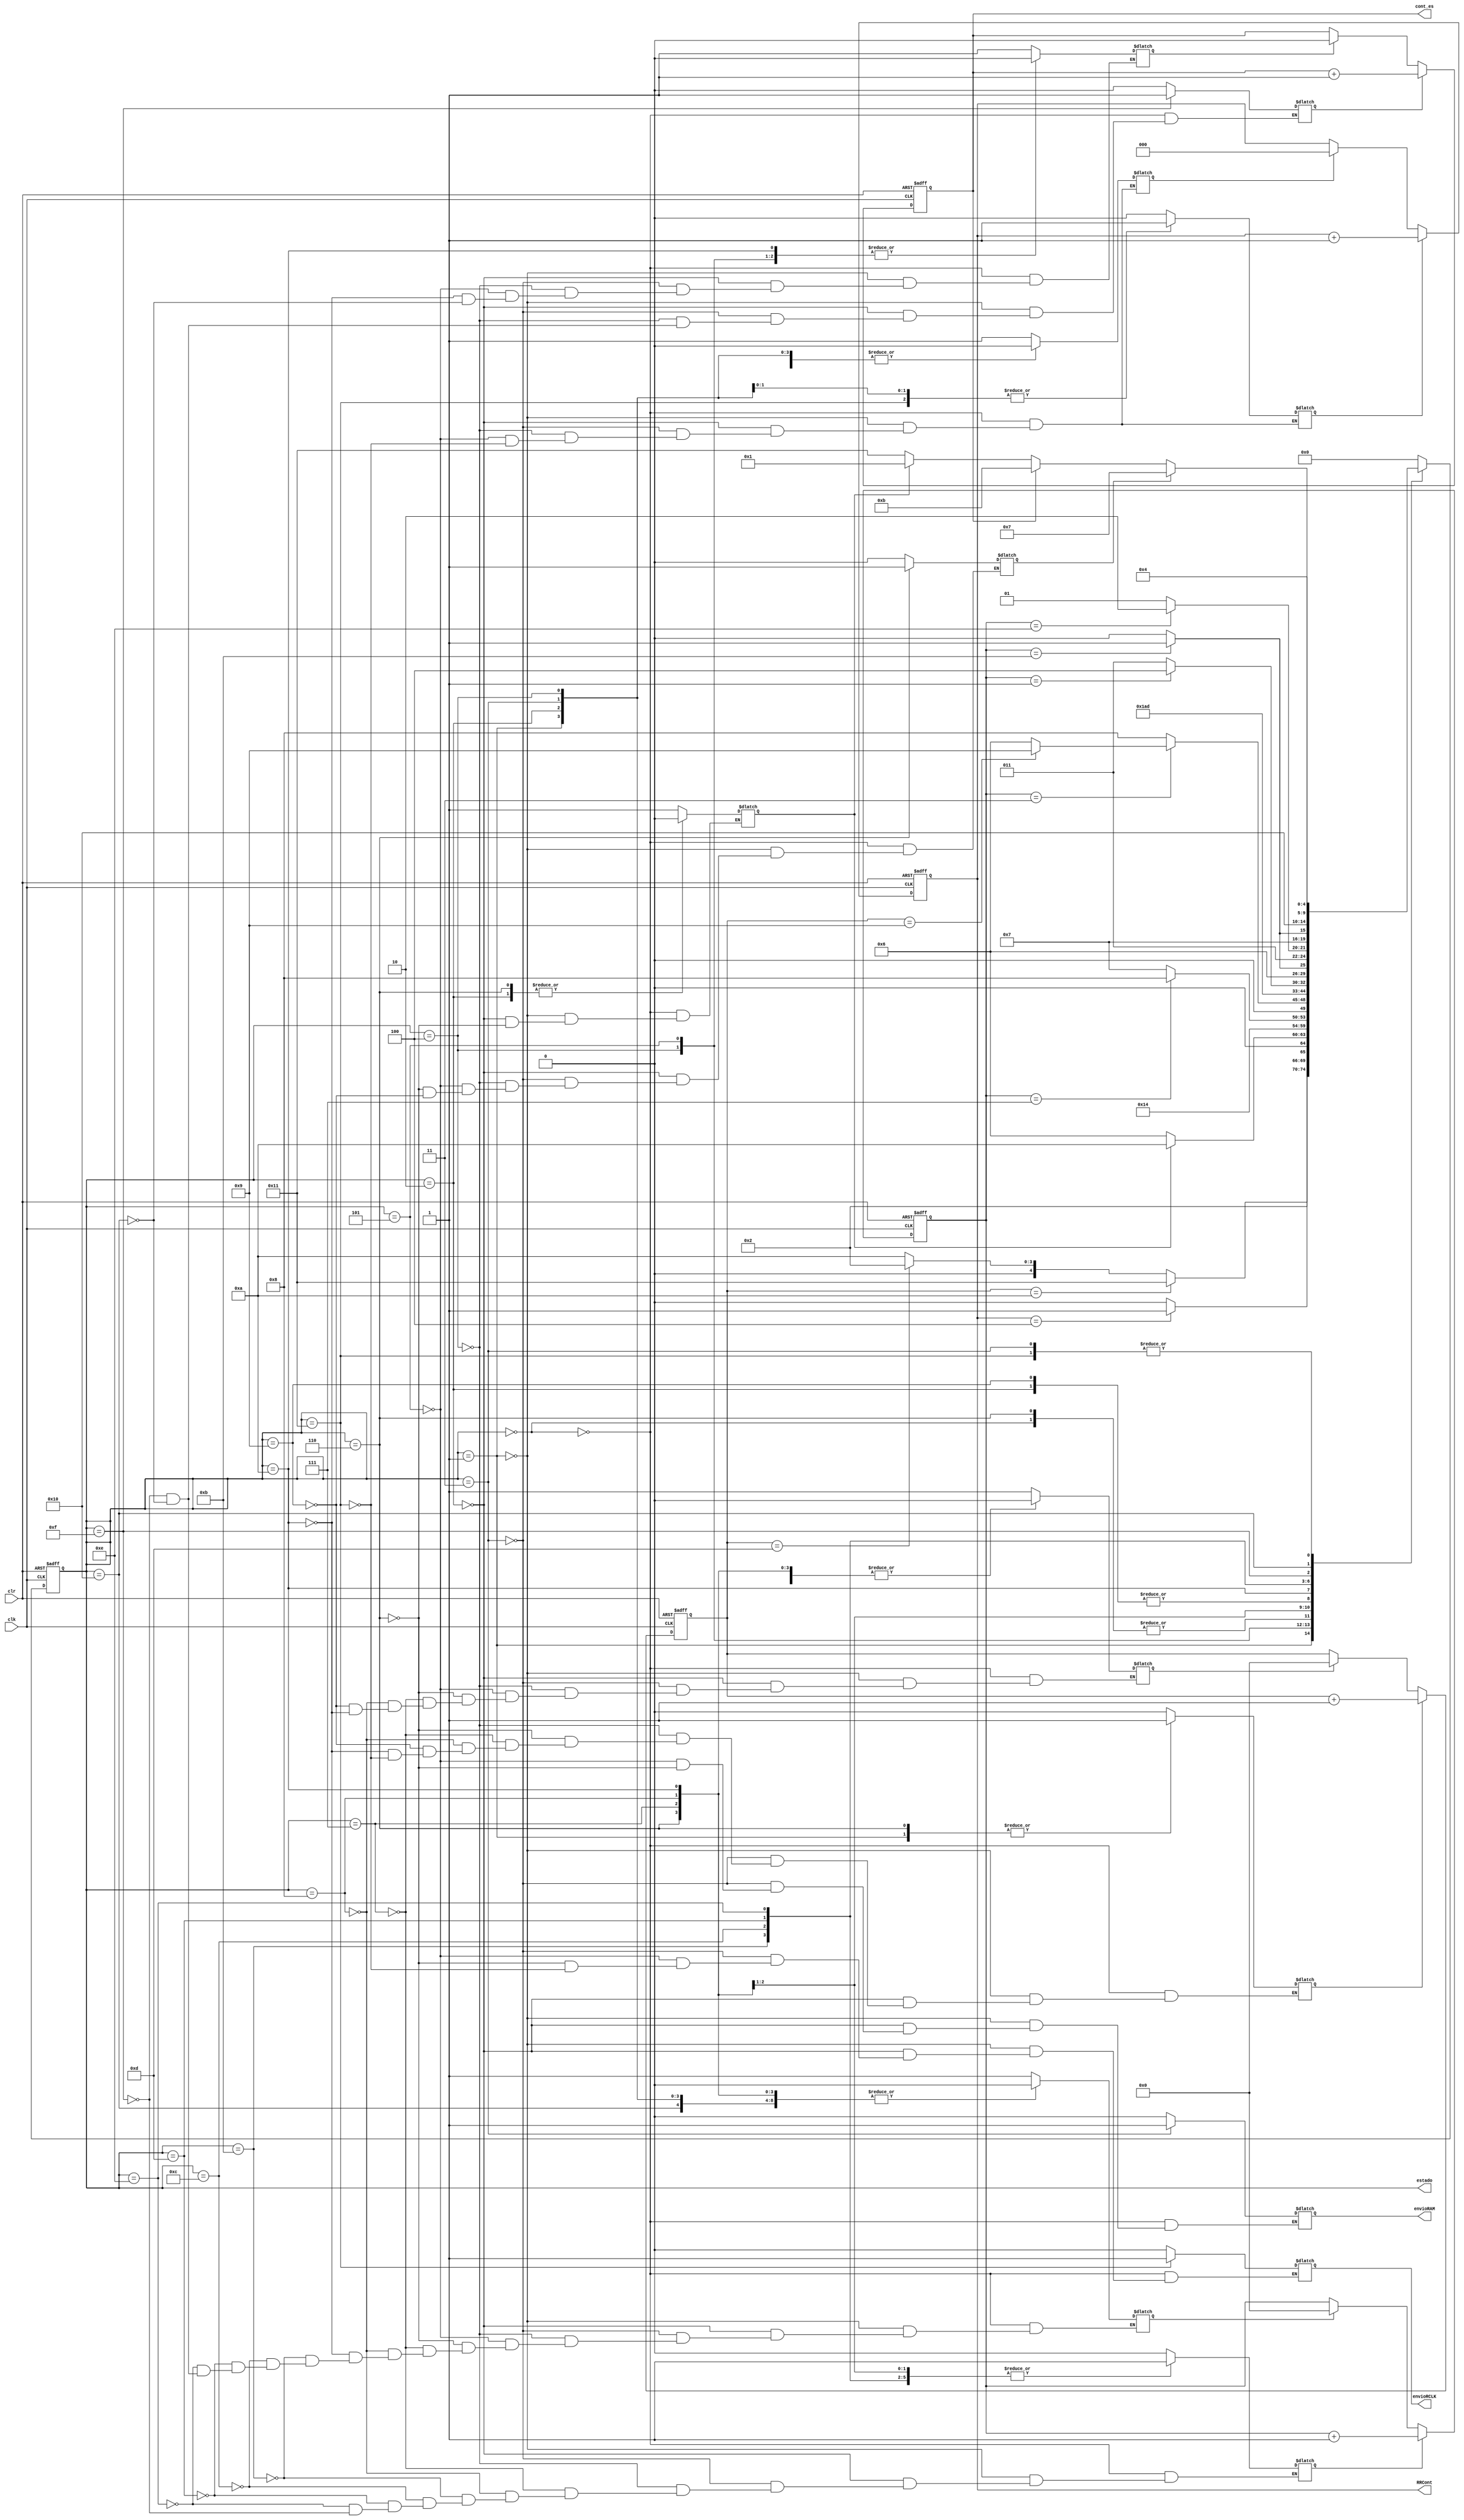
`timescale 1ns / 1ps
//////////////////////////////////////////////////////////////////////////////////
// Company: 
// Engineer: 
// 
// Design Name: 
// Module Name: escribir
// Project Name: 
// Target Devices: 
// Tool Versions: 
// Description: 
// 
// Dependencies: 
// 
// Revision:
// Revision 0.01 - File Created
// Additional Comments:
// 
//////////////////////////////////////////////////////////////////////////////////


module FSM(
    input clk,
    input clr,
    output reg envioRAM,
    output reg envioRCLK,
    output [4:0] estado,
    output reg [2:0] RRCont,
    output reg cont_es
    

    );
    
  parameter S0=5'b00000, S1=5'b00001, S2=5'b00010, S3=5'b00011,
  S4=5'b00100, S5=5'b00101, S6=5'b00110, S7=5'b00111, S8=5'b01000,
  S9=5'b01001, S10=5'b01010, S11=5'b01011,S12=5'b01100,S13=5'b01101,
  S14=5'b01110,S15=5'b01111,S16=5'b10000,S17=5'b10001;
  
  reg [4:0] state, sig_state;
  reg rst,rst_t,rst_es,en,en_t,en_es,en_RRCont,rst_RRCont,ini,lect;
  reg [3:0]cont_t;
  reg [3:0] cont;
  
  always @(posedge clk,posedge clr)
  begin
  if (clr)
  begin
    state <= S0;
    cont<=0;
    cont_t<=0;
    cont_es<=0;
    RRCont<=0;
  end
  else
  begin
    state <= sig_state;
    if (rst)
         cont <= 0;
    if(rst_t)
         cont_t <= 0;
    if(rst_es)
         cont_es <= 0;
    if(rst_RRCont)
         RRCont<=0;
    if (en)
         cont <= cont+1;
    if(en_t)
         cont_t <= cont_t+1;
    if(en_es)
         cont_es <= cont_es+1;
    if(en_RRCont)
         RRCont<=RRCont+1;
  
  end
  end
  
  always @*
  begin
  case (state)
  //estados de inicializacin
  S0:begin
    lect=0;
    envioRAM=0;
    envioRCLK=0;
    ini=1;
    en=0;
    en_t=0;
    en_RRCont=0;
    en_es=0;
    rst_t=1;
    rst_RRCont=1;
    rst=1;
    rst_es=1;
    sig_state<= S10;
    end
  S1:begin
    ini=1;
    lect=0;
    envioRAM=0;
    envioRCLK=0;
    rst_t=0;
    rst_RRCont=0;
    rst=0;
    rst_es=0;
    en=1;
    en_t=0;
    en_RRCont=0;
    en_es=0;
    if (cont==10)
        sig_state<=S17;
    else if (cont==13)
        sig_state<=S2;
    else
        sig_state<=S10;
    end
   S2:begin
    en=0;
    en_t=0;
    en_RRCont=0;
    en_es=0;
    ini=0;
    lect=0;
    envioRAM=0;
    envioRCLK=0;
    rst=1;
    rst_t=0;
    rst_RRCont=0;
    rst_es=0;
    sig_state<=S3;
    end
   //estados para enviar datos a RAM
   S3:begin
    rst=0;
    rst_t=0;
    rst_RRCont=0;
    rst_es=0;
    en_RRCont=1;
    en=0;
    en_t=0;
    en_es=0;
    envioRAM=1;
    envioRCLK=0;
    lect=0;
    sig_state<=S4;
   end
   S4:begin
   lect=0;
   en=0;
   en_t=0;
   en_RRCont=1;
   en_es=0;
   rst=0;
   rst_t=0;
   rst_RRCont=0;
   rst_es=0;
     if (RRCont==4) 
        sig_state<=S5;
     else
        sig_state<=S4;
   end
   S5:begin
    envioRAM=0;
    envioRCLK=0;
    lect=0;
    en_RRCont=0;
    rst_RRCont=1;
    rst=0;
    rst_t=1;
    rst_es=0;
    if (ini)
        sig_state<=S10;
    else
        sig_state<=S6;
   end
   //estados de lectura
   S6:begin
    rst_t=0;
    lect=1;
    envioRAM=0;
    envioRCLK=0;
    ini=0;
    rst=0;
    en=1;
    sig_state<=S10;
   end
   S7:begin
    en=0;
    rst=0;
    rst_t=0;
    en_t=1;
    if(cont_t==7)
        sig_state<=S8;
    else
        sig_state<=S7;
   end
   S8:begin
    rst=0;
    en=0;
    rst_t=0;
    en_t=1;
    if(cont_t==3)
    begin
        if(cont==9)
            sig_state<=S9;
        else
            sig_state<=S6;
    end
   else
    sig_state<=S8;
   end
   S9:begin
   rst=1;
   en=0;
   lect=0;
   sig_state<=S3;
   end
   //estados escribir
   S10:begin
    rst=0;
    en=0;
    rst_t=0;
    rst_es=0;
    sig_state<=S11;
   end
   S11:begin
    en_t=1;
    rst_t=0;
    if (cont_t==1) 
        sig_state<=S12;
    else
        sig_state<=S11;
   end
   S12:begin
    en_t=1;
    rst_t=0;
    if (cont_t==11)
        sig_state<=S13;
    else
        sig_state<=S12;
    end
   S13:begin
    en_t=1;
    rst_t=0;
    if(cont_t==14)
        sig_state<=S14;
    else
        sig_state<=S13;
   end
   S14:begin
    en_t=1;
    rst_t=0;
    if(cont_t==11)
        sig_state<=S15;
     else
        sig_state<=S14;
   end
   S15:begin
    en_es=1;
    en_t=0;
    rst_t=1;
    sig_state<=S16;
   end
   S16:begin
    rst_t=0;
    en_es=0;
    rst_es=0;
    if (lect==1)
        sig_state<=S7;
    else if (cont_es==1)
        sig_state<=S11;
    else
    begin
        if (ini==1)
            sig_state<=S1;
        else
            sig_state<=S17;
    end
    end
    //estado para enviar a reserved clk
    S17:begin
       en=0;
       rst_RRCont=0;
       en_RRCont=1;
       envioRCLK=1;
       sig_state<=S4;
      end
    default:begin
    sig_state<=S0;
    end
    endcase
    end 
    
  assign estado=state;
       
endmodule